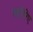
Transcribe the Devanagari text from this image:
स्तोरिए